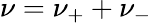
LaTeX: \nu=\nu_{+}+\nu_{-}